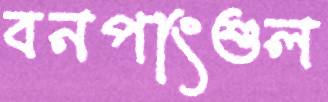
বনপাংশুল